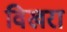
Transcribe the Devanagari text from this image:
विखरा